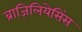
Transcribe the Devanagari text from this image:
ब्राज़िलियेसिंस